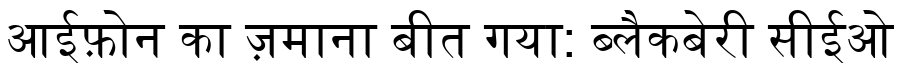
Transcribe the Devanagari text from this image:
आईफ़ोन का ज़माना बीत गया: ब्लैकबेरी सीईओ